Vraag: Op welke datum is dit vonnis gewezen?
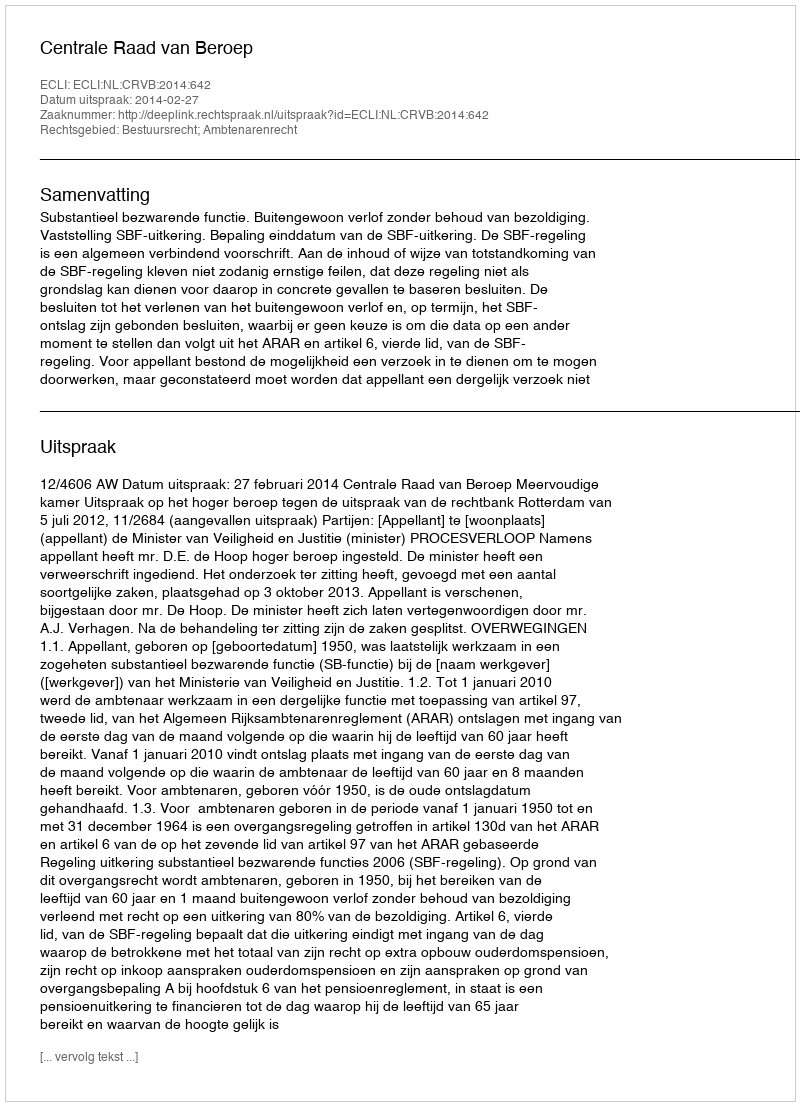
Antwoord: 2014-02-27